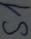
Text: S1